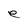
Character: e